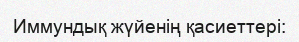
Иммундық жүйенің қасиеттері: